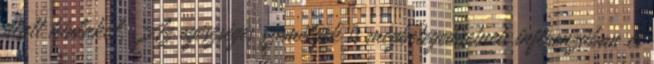
alatt kialakul. Az egészséges személyek is megbetegedhetnek influenzában és